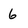
Character: 6